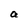
Character: a